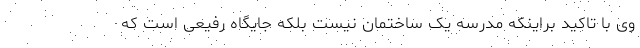
وی با تاکید براینکه مدرسه یک ساختمان نیست بلکه جایگاه رفیعی است که